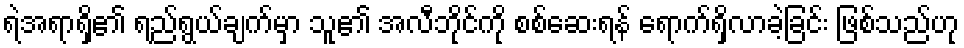
ရဲအရာရှိ၏ ရည်ရွယ်ချက်မှာ သူ၏ အလီဘိုင်ကို စစ်ဆေးရန် ရောက်ရှိလာခဲ့ခြင်း ဖြစ်သည်ဟု